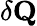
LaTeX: \delta\textbf{Q}